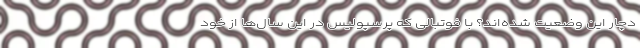
دچار این وضعیت شده‌اند؟ با فوتبالی که پرسپولیس در این سال‌ها از خود